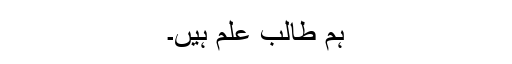
ہم طالب علم ہیں۔